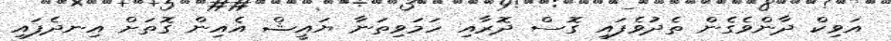
އަވިކް ދާންވެގެން ތެދުވެފައި ގޮސް ދޮރާއި ހަމަވިތަނާ ޔައީޝް އެއިން ގޮތަށް އިނދެފައި